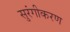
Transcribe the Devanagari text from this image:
सुरंगीकरण